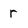
Character: r